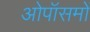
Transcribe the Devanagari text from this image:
ओपॉसमों